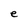
Character: e